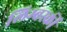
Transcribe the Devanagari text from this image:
लिम्बर्स्की